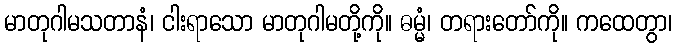
မာတုဂါမသတာနံ၊ ငါးရာသော မာတုဂါမတို့ကို။ ဓမ္မံ၊ တရားတော်ကို။ ကထေတွာ၊